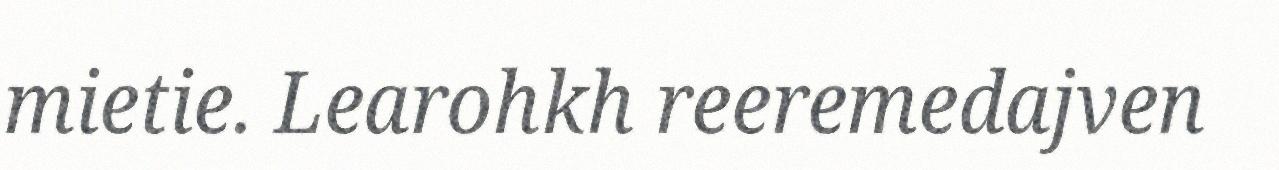
mietie. Learohkh reeremedajven